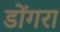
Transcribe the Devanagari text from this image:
डोंगरा